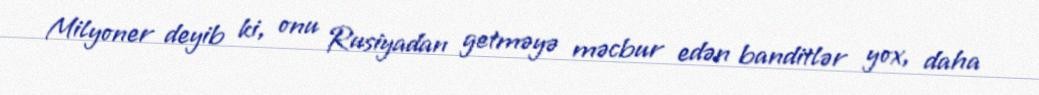
Milyoner deyib ki, onu Rusiyadan getməyə məcbur edən banditlər yox, daha